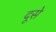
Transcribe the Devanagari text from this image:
दूसे